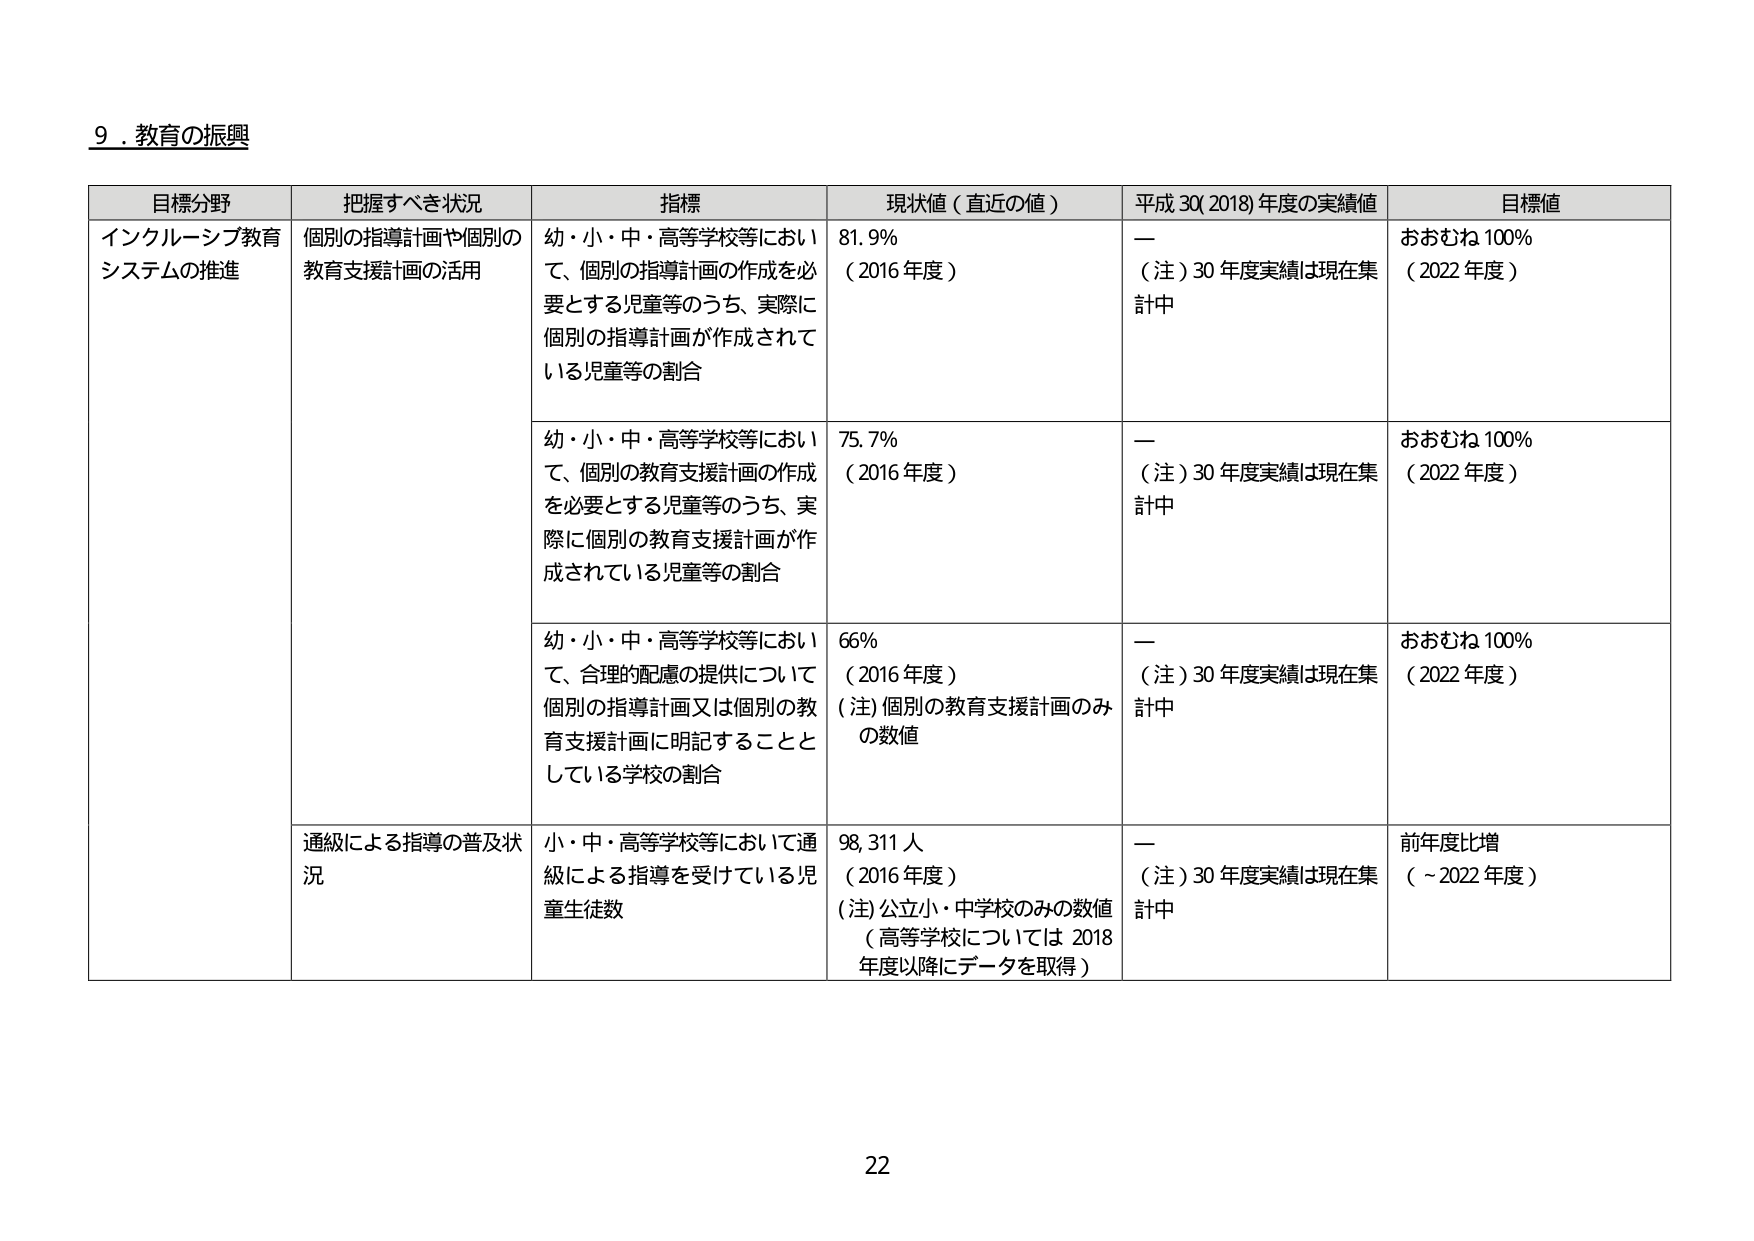
9．教育の振興

目標分野 把握すべき状況 指標 現状値（直近の値） 平成30(2018)年度の実績値 目標値
インクルーシブ教育 システムの推進 個別の指導計画や個別の 教育支援計画の活用 幼・小・中・高等学校等におい て、個別の指導計画の作成を必 要とする児童等のうち、実際に 個別の指導計画が作成されて いる児童等の割合 81.9% （2016年度） — （注）30年度実績は現在集 計中 おおむね100% （2022年度）
幼・小・中・高等学校等におい て、個別の教育支援計画の作成 を必要とする児童等のうち、実 際に個別の教育支援計画が作 成されている児童等の割合 75.7% （2016年度） — （注）30年度実績は現在集 計中 おおむね100% （2022年度）
幼・小・中・高等学校等におい て、合理的配慮の提供について 個別の指導計画又は個別の教 育支援計画に明記することと している学校の割合 66% （2016年度） （注）個別の教育支援計画のみ の数値 — （注）30年度実績は現在集 計中 おおむね100% （2022年度）
通級による指導の普及状 況 小・中・高等学校等において通 級による指導を受けている児 童生徒数 98,311人 （2016年度） （注）公立小・中学校のみの数値 （高等学校については2018 年度以降にデータを取得） — （注）30年度実績は現在集 計中 前年度比増 （～2022年度）

22